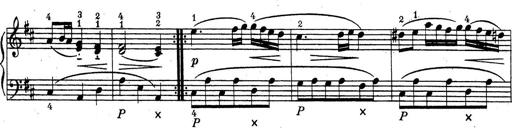
Title: ÄŒeskÃ© Sonatiny
Composer: Various